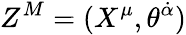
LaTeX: Z^{M}=(X^{\mu},\theta^{\dot{\alpha}})